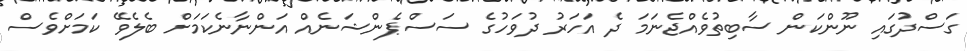
ގަސްދުގައި ނޫންކަން ސާބިތުވެއްޖެނަމަ ދެ އަހަރު ދުވަހުގެ ސަސްޕެންޝަނެއް އަންނާނެކަމަށް ބެލެވޭ ކަމަށްވެސް